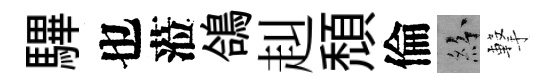
驆也蒞鴿赳頽倫紛撃